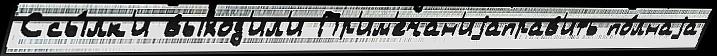
Ссы́лк'и выход'ил'и Пр'им'ечан'иjаправ'ить по́лнаjа